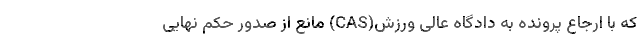
که با ارجاع پرونده به دادگاه عالی ورزش(CAS) مانع از صدور حکم نهایی